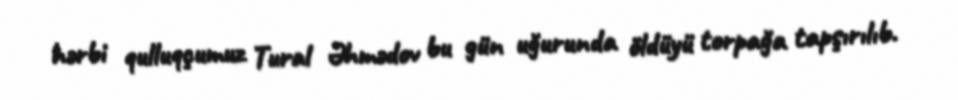
hərbi qulluqçumuz Tural Əhmədov bu gün uğurunda öldüyü torpağa tapşırılıb.